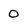
Character: O